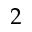
2